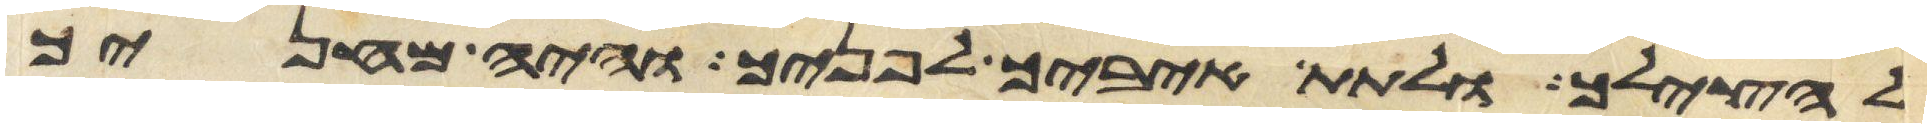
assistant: להצילך ולתת איביך לפניך והיה מחניך